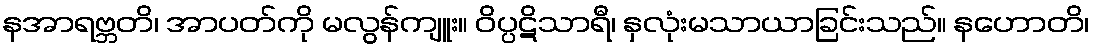
နအာရဗ္ဘတိ၊ အာပတ်ကို မလွန်ကျူး။ ဝိပ္ပဋိသာရီ၊ နှလုံးမသာယာခြင်းသည်။ နဟောတိ၊